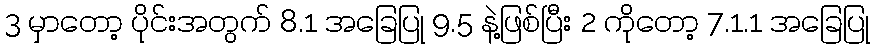
3 မှာတော့ ပိုင်းအတွက် 8.1 အခြေပြု 9.5 နဲ့ဖြစ်ပြီး 2 ကိုတော့ 7.1.1 အခြေပြု